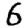
Digit: 6